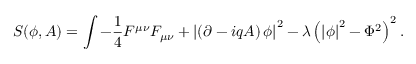
S ( \phi , A ) = \int - { \frac { 1 } { 4 } } F ^ { \mu \nu } F _ { \mu \nu } + \left| \left( \partial - i q A \right) \phi \right| ^ { 2 } - \lambda \left( \left| \phi \right| ^ { 2 } - \Phi ^ { 2 } \right) ^ { 2 } .